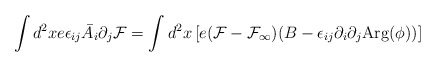
\begin{align*}\int d^2x e\epsilon_{i j}\bar A_i\partial_j {\cal F}=\int d^2x \left[e({\cal F}-{\cal F_\infty})(B-\epsilon_{i j} \partial_i\partial_j{\rm Arg}(\phi))\right] \end{align*}